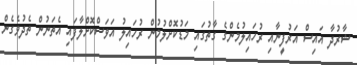
ޝާރުދާ އައިސް އަރުފީނާއި ރުހައިލުމެންގެ ގާތުގައި މަޑުކޮށްލުމުން ރުހައިލު އަވަސްކޮށްލާފައި އެތަނުން ތެދުވެގެން